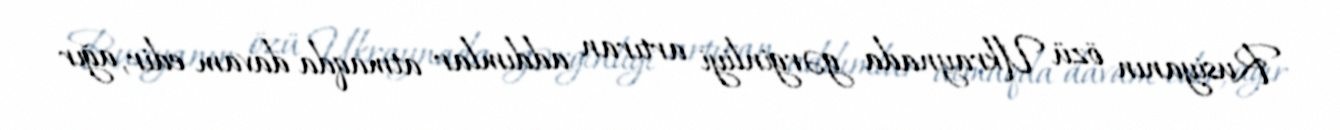
Rusiyanın özü Ukraynada gərginliyi artıran addımlar atmaqda davam edir, ağır